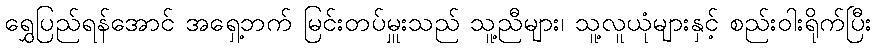
ရွှေပြည်ရန်အောင် အရှေ့ဘက် မြင်းတပ်မှူးသည် သူ့ညီများ၊ သူ့လူယုံများနှင့် စည်းဝါးရိုက်ပြီး